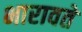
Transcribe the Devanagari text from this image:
भारावते